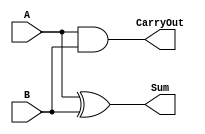
module m_half_adder (CarryOut, Sum, A, B);
	output CarryOut, Sum;
	input  A, B;
  	assign Sum   = A ^ B;  // bitwise xor
  	assign CarryOut = A & B;  // bitwise and
endmodule